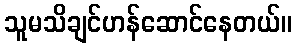
သူမသိချင်ဟန်ဆောင်နေတယ်။